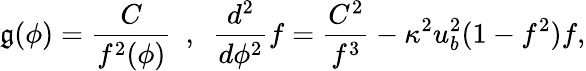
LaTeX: \mathfrak{g}(\phi)=\frac{{C}}{{f^{2}(\phi)}}\ \ ,\ \ \frac{{d^{2}}}{{d\phi^{2}}}f=\frac{{C^{2}}}{{f^{3}}}-\kappa^{2}u_{b}^{2}(1-f^{2})f,